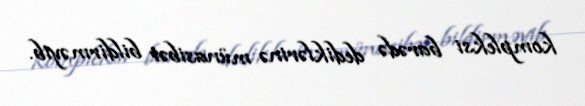
kompleksi barədə dediklərinə münasibət bildirməyib.